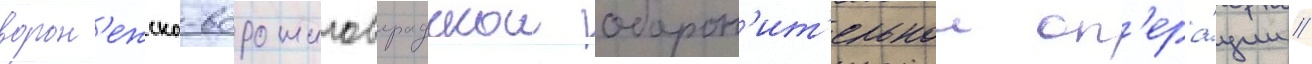
ворон'ежско-ворошиловградскои оборон'ит'ельнои оп'ера́ции //